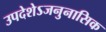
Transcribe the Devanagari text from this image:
उपदेशेऽजनुनासिक